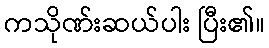
ကသိုဏ်းဆယ်ပါး ပြီး၏။